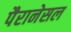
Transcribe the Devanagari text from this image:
पैरानेसल